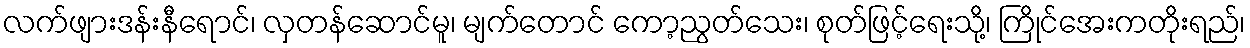
လက်ဖျားဒန်းနီရောင်၊ လှတန်ဆောင်မူ၊ မျက်တောင် ကော့ညွတ်သေး၊ စုတ်ဖြင့်ရေးသို့၊ ကြိုင်အေးကတိုးရည်၊